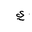
Letter: _ya